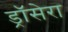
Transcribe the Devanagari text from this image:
ड्रॉसेरा